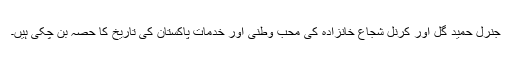
جنرل حمید گل اور کرنل شجاع خانزادہ کی محب وطنی اور خدمات پاکستان کی تاریخ کا حصہ بن چکی ہیں۔